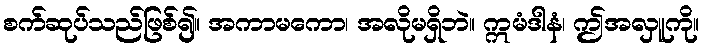
စက်ဆုပ်သည်ဖြစ်၍။ အကာမကော၊ အလိုမရှိဘဲ။ ဣမံဒါနံ၊ ဤအလှူကို။